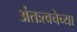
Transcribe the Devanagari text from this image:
अंतःत्वचेच्या